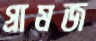
গ্রামজ